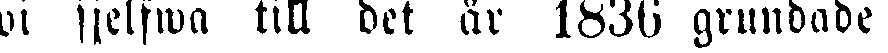
vi sjelfwa till det år 1836 grundade